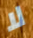
لا